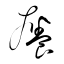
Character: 癢